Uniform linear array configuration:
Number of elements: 64
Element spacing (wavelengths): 0.5
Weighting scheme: uniform
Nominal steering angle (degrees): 30
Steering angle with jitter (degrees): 30.337
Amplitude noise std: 0.05
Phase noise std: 0.05

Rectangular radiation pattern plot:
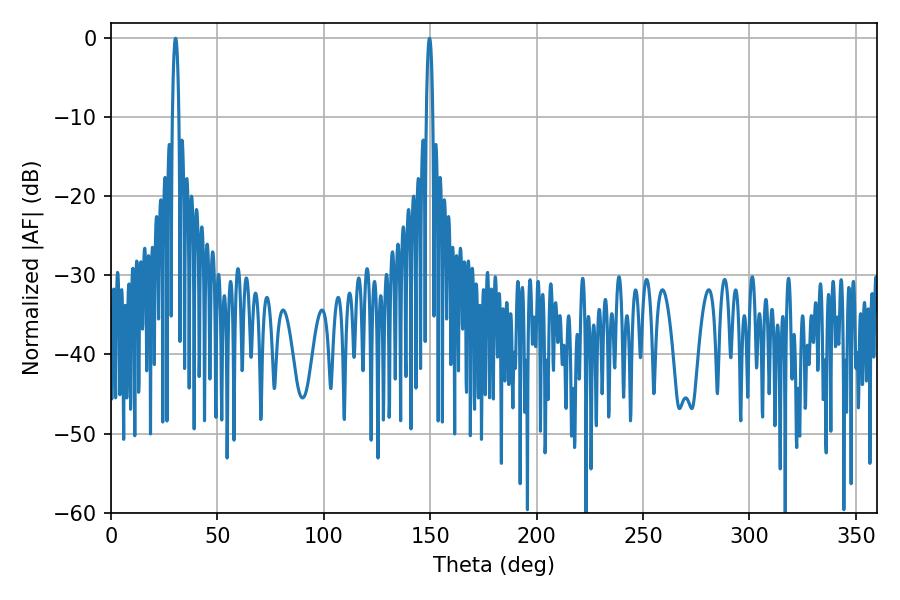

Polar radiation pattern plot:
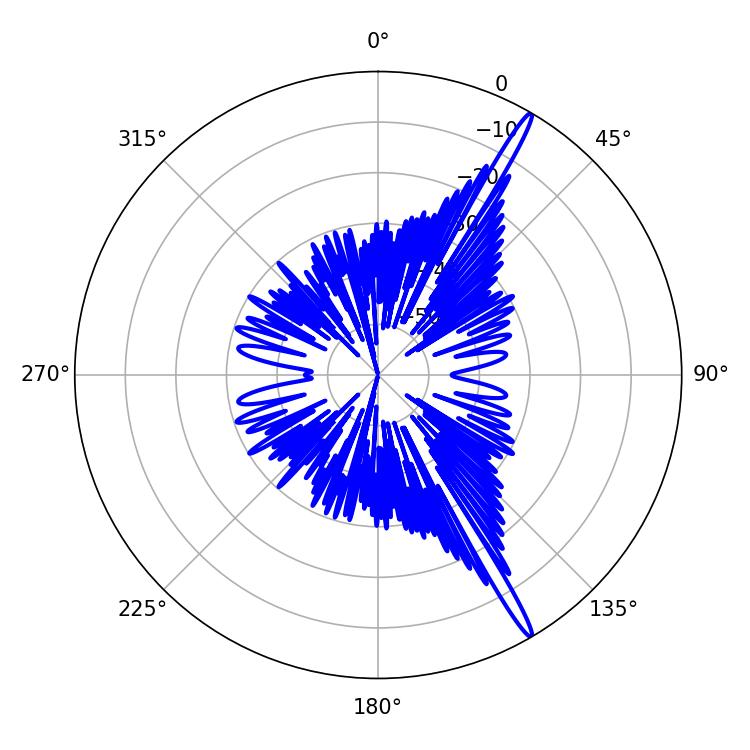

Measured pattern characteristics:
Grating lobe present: FALSE
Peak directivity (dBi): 17.4
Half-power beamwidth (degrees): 1.62
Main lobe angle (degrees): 30.42